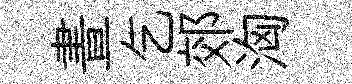
晝乞郊洶